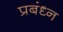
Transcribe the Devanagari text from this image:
प्रबंध्न